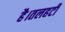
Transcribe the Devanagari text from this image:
है।तलहटी